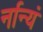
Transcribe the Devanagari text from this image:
र्नान्यं